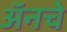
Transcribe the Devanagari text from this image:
अॅनचे